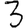
Digit: 3